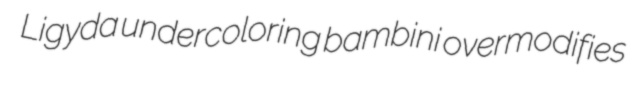
Ligyda undercoloring bambini overmodifies